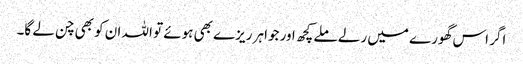
اگر اس گھورے میں رلے ملے کچھ اور جواہر ریزے بھی ہوئے تو اللہ ان کو بھی چن لے گا۔